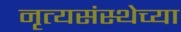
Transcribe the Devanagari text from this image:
नृत्यसंस्थेच्या